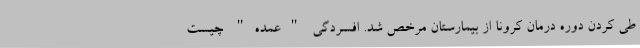
طی کردن دوره درمان کرونا از بیمارستان مرخص شد. افسردگی "عمده" چیست